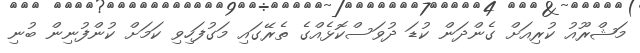
މަޝްރޫއު ކުރިއަށް ގެންދަން ކުޑަ ދުވަސްކޮޅެއްގެ ތެރޭގައި މަގުފަހިވި ކަމަށް ކުންފުނިން ބުނި